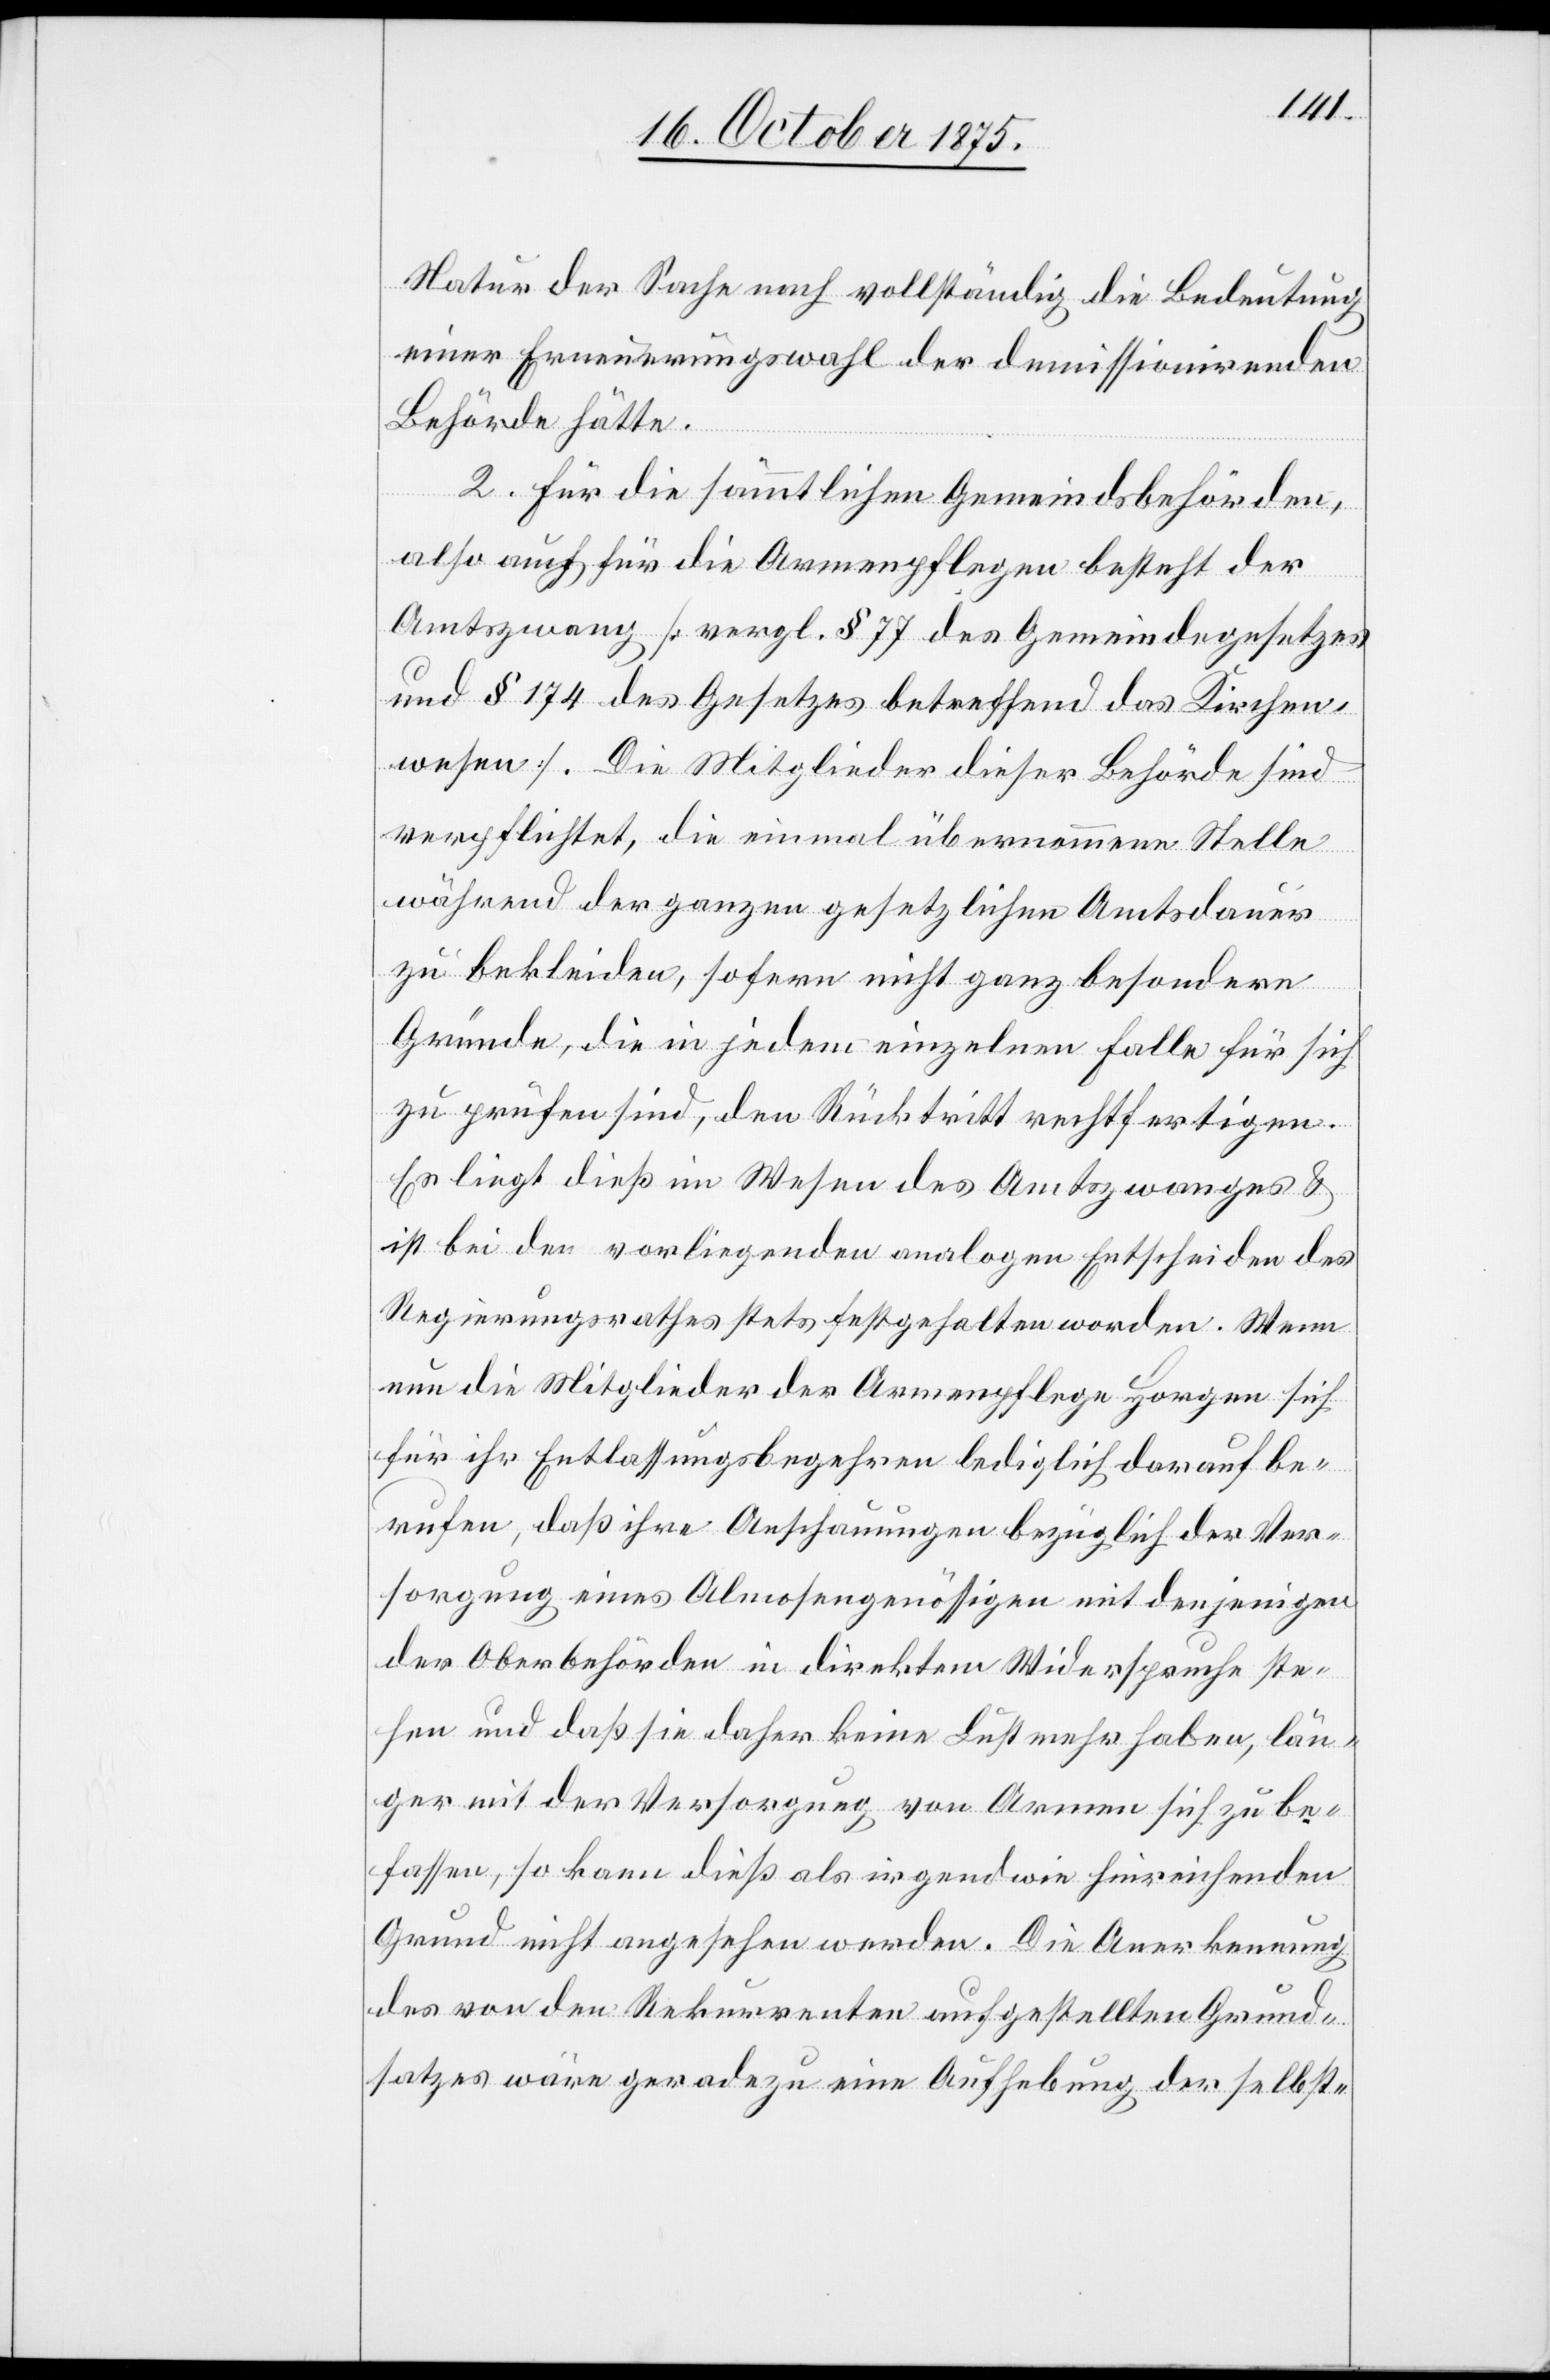
Natur der Sache nach vollständig die Bedeutung
einer Erneuerungswahl der demissionirenden
Behörde hätte.
2. Für die sämmtlichen Gemeindsbehörden,
also auch für die Armenpflegen besteht der
Amtszwang [vergl. § 77 des Gemeindegesetzes
und § 174 des Gesetzes betreffend das Kirchen¬
wesen]. Die Mitglieder dieser Behörde sind
verpflichtet, die einmal übernommene Stelle
während der ganzen gesetzlichen Amtsdauer
zu bekleiden, sofern nicht ganz besondere
Gründe, die in jedem einzelnen Falle für sich
zu prüfen sind, den Rücktritt rechtfertigen.
Es liegt dieß im Wesen des Amtszwanges &
ist bei den vorliegenden analogen Entscheiden des
Regierungsrathes stets festgehalten worden. Wenn
nun die Mitglieder der Armenpflege Horgen sich
für ihr Entlassungsbegehren lediglich darauf be¬
rufen, daß ihre Anschauungen bezüglich der Ver¬
sorgung eines Almosengenössigen mit denjenigen
der Oberbehörden in direktem Widerspruche ste¬
hen und daß sie daher keine Lust mehr haben, län¬
ger mit der Versorgung von Armen sich zu be¬
fassen, so kann dieß als irgendwie hinreichenden
Grund nicht angesehen werden. Die Anerkennung
des von den Rekurrenten aufgestellten Grund¬
satzes wäre geradezu eine Aufhebung der selbst-